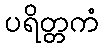
ပရိတ္တကံ